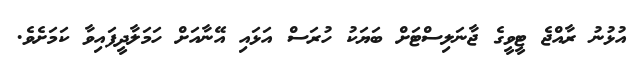
އުޅުނު ރާއްޖެ ޓީވީގެ ޖާނަލިސްޓަށް ބަޔަކު ހުރަސް އަޅައި އޭނާއަށް ހަމަލާދީފައިވާ ކަމަށެވެ.